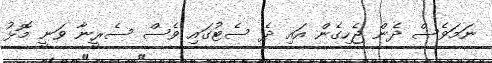
ނަމަވެސް ދެން ޖެހިގެން އައި ދެ ސެޓުގައި ވެސް ސެރީނާ ވަނީ މޮޅު